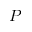
P